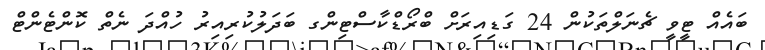
ބައެއް ޓީވީ ޗެނަލްތަކުން 24 ގަޑިއިރަށް ބްރޯޑްކާސްޓިންގ ބަދަލުކުރިއިރު ހުއްދަ ނެތް ކޮންޓެންޓް